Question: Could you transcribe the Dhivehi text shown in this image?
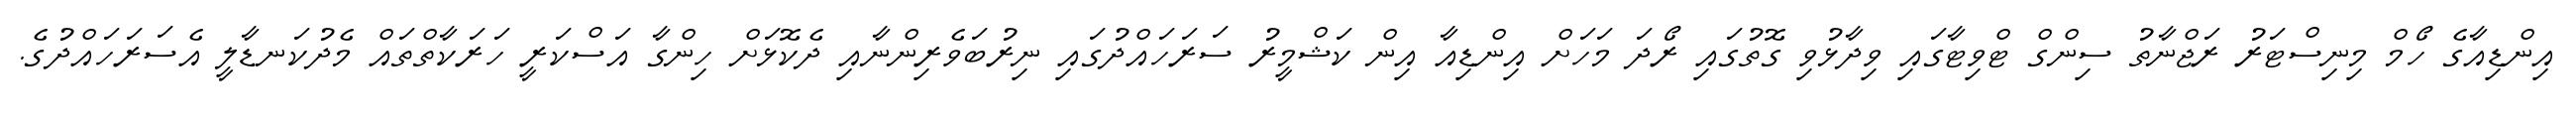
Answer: އިންޑިއާގެ ހޯމް މިނިސްޓަރު ރަޖްނާތު ސިންގް ޓްވިޓާގައި ވިދާޅުވި ގޮތުގައި ރޯދަ މަހަށް އިންޑިއާ އިން ކަޝްމީރު ސަރަހައްދުގައި ނިރުބަވެރިންނާއި ދެކޮޅަށް ހިންގާ އަސްކަރީ ހަރަކާތްތައް މެދުކަނޑާލީ އެސަރަހައްދުގެ.